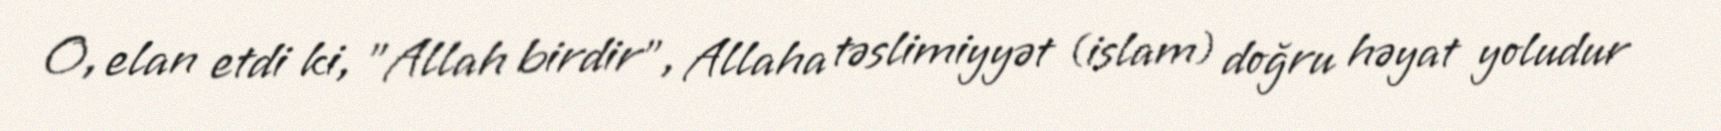
O, elan etdi ki, "Allah birdir", Allaha təslimiyyət (islam) doğru həyat yoludur